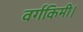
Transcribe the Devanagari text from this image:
वर्गकिमी।